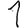
Digit: 1